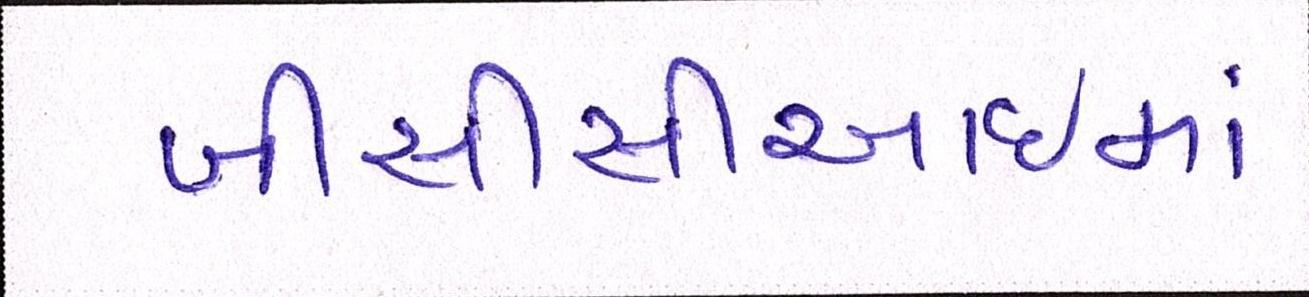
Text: બીસીસીઆઈમાં